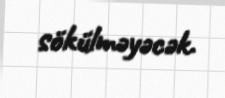
sökülməyəcək.